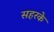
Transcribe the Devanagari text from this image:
सहरके